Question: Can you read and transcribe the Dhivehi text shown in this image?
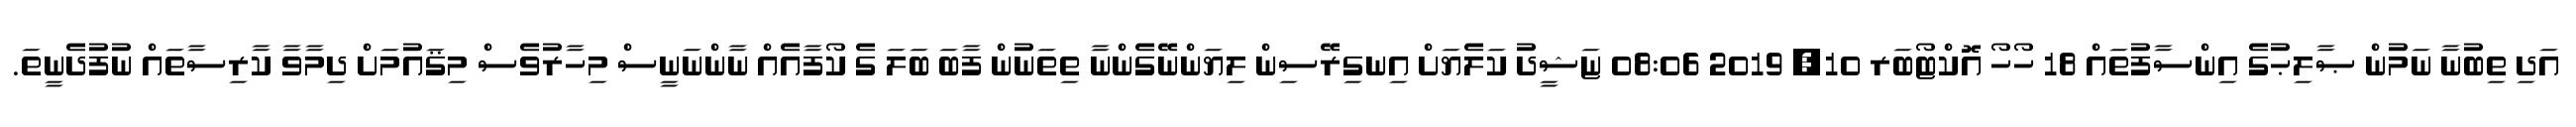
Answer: އަދި ތިބުނާ ނަމުން ޞާލިޙުގެ އިންސާފުތައް 18 ހޯހޯ އޮކްޓޯބަރ 10, 2019 08:06 ޏަޝީދު ކަލެޔަށް އިނގިރޭސިން ލިޔަންނޭގެންނާ ތިތަނުން ފާބަ ބަލަ ގެ ކޯފާއެއް ނާންނަނީސް މިހާރުވެސް މިޤައުމަށް ދިމާވާ ކާރިސާތައް ނުފުދެނީތަ.